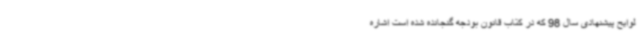
لوایح پیشنهادی سال 98 که در کتاب قانون بودجه گنجانده شده است اشاره